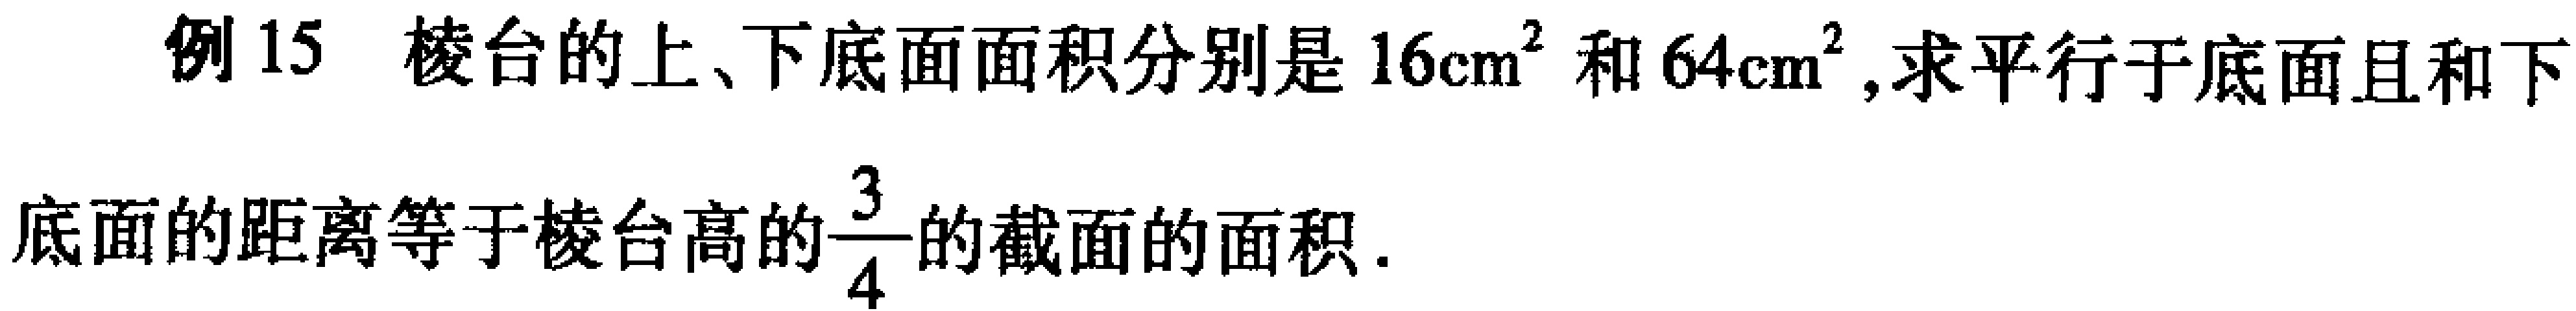
例15 棱台的上、下底面面积分别是\(16\mathrm{cm}^{2}\)和\(64\mathrm{cm}^{2}\),求平行于底面且和下底面的距离等于棱台高的\(\frac{3}{4}\)的截面的面积.